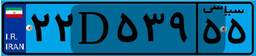
۲۲D۵۳۹۵۵